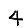
Digit: 4